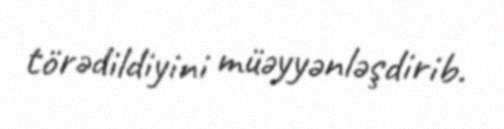
törədildiyini müəyyənləşdirib.